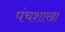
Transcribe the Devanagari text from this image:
पंचशाखा